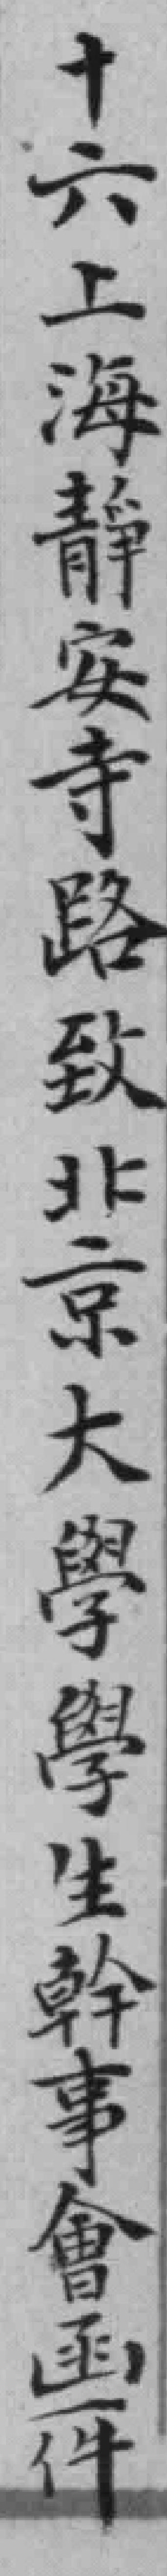
十六上海靜安寺路致北京大學學生幹事會函一件